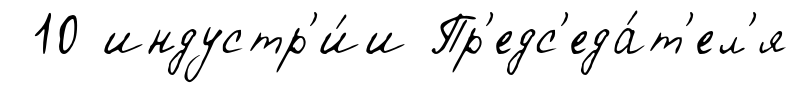
10 индустр'и́и Пр'едс'еда́т'ел'я